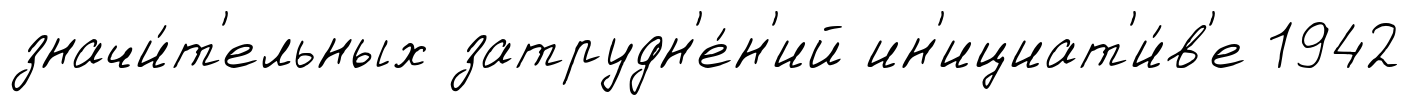
значи́т'ельных затрудн'е́н'ий ин'ициат'и́в'е 1942